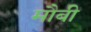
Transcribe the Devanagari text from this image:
मौबी